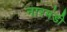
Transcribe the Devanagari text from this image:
नारमंडी